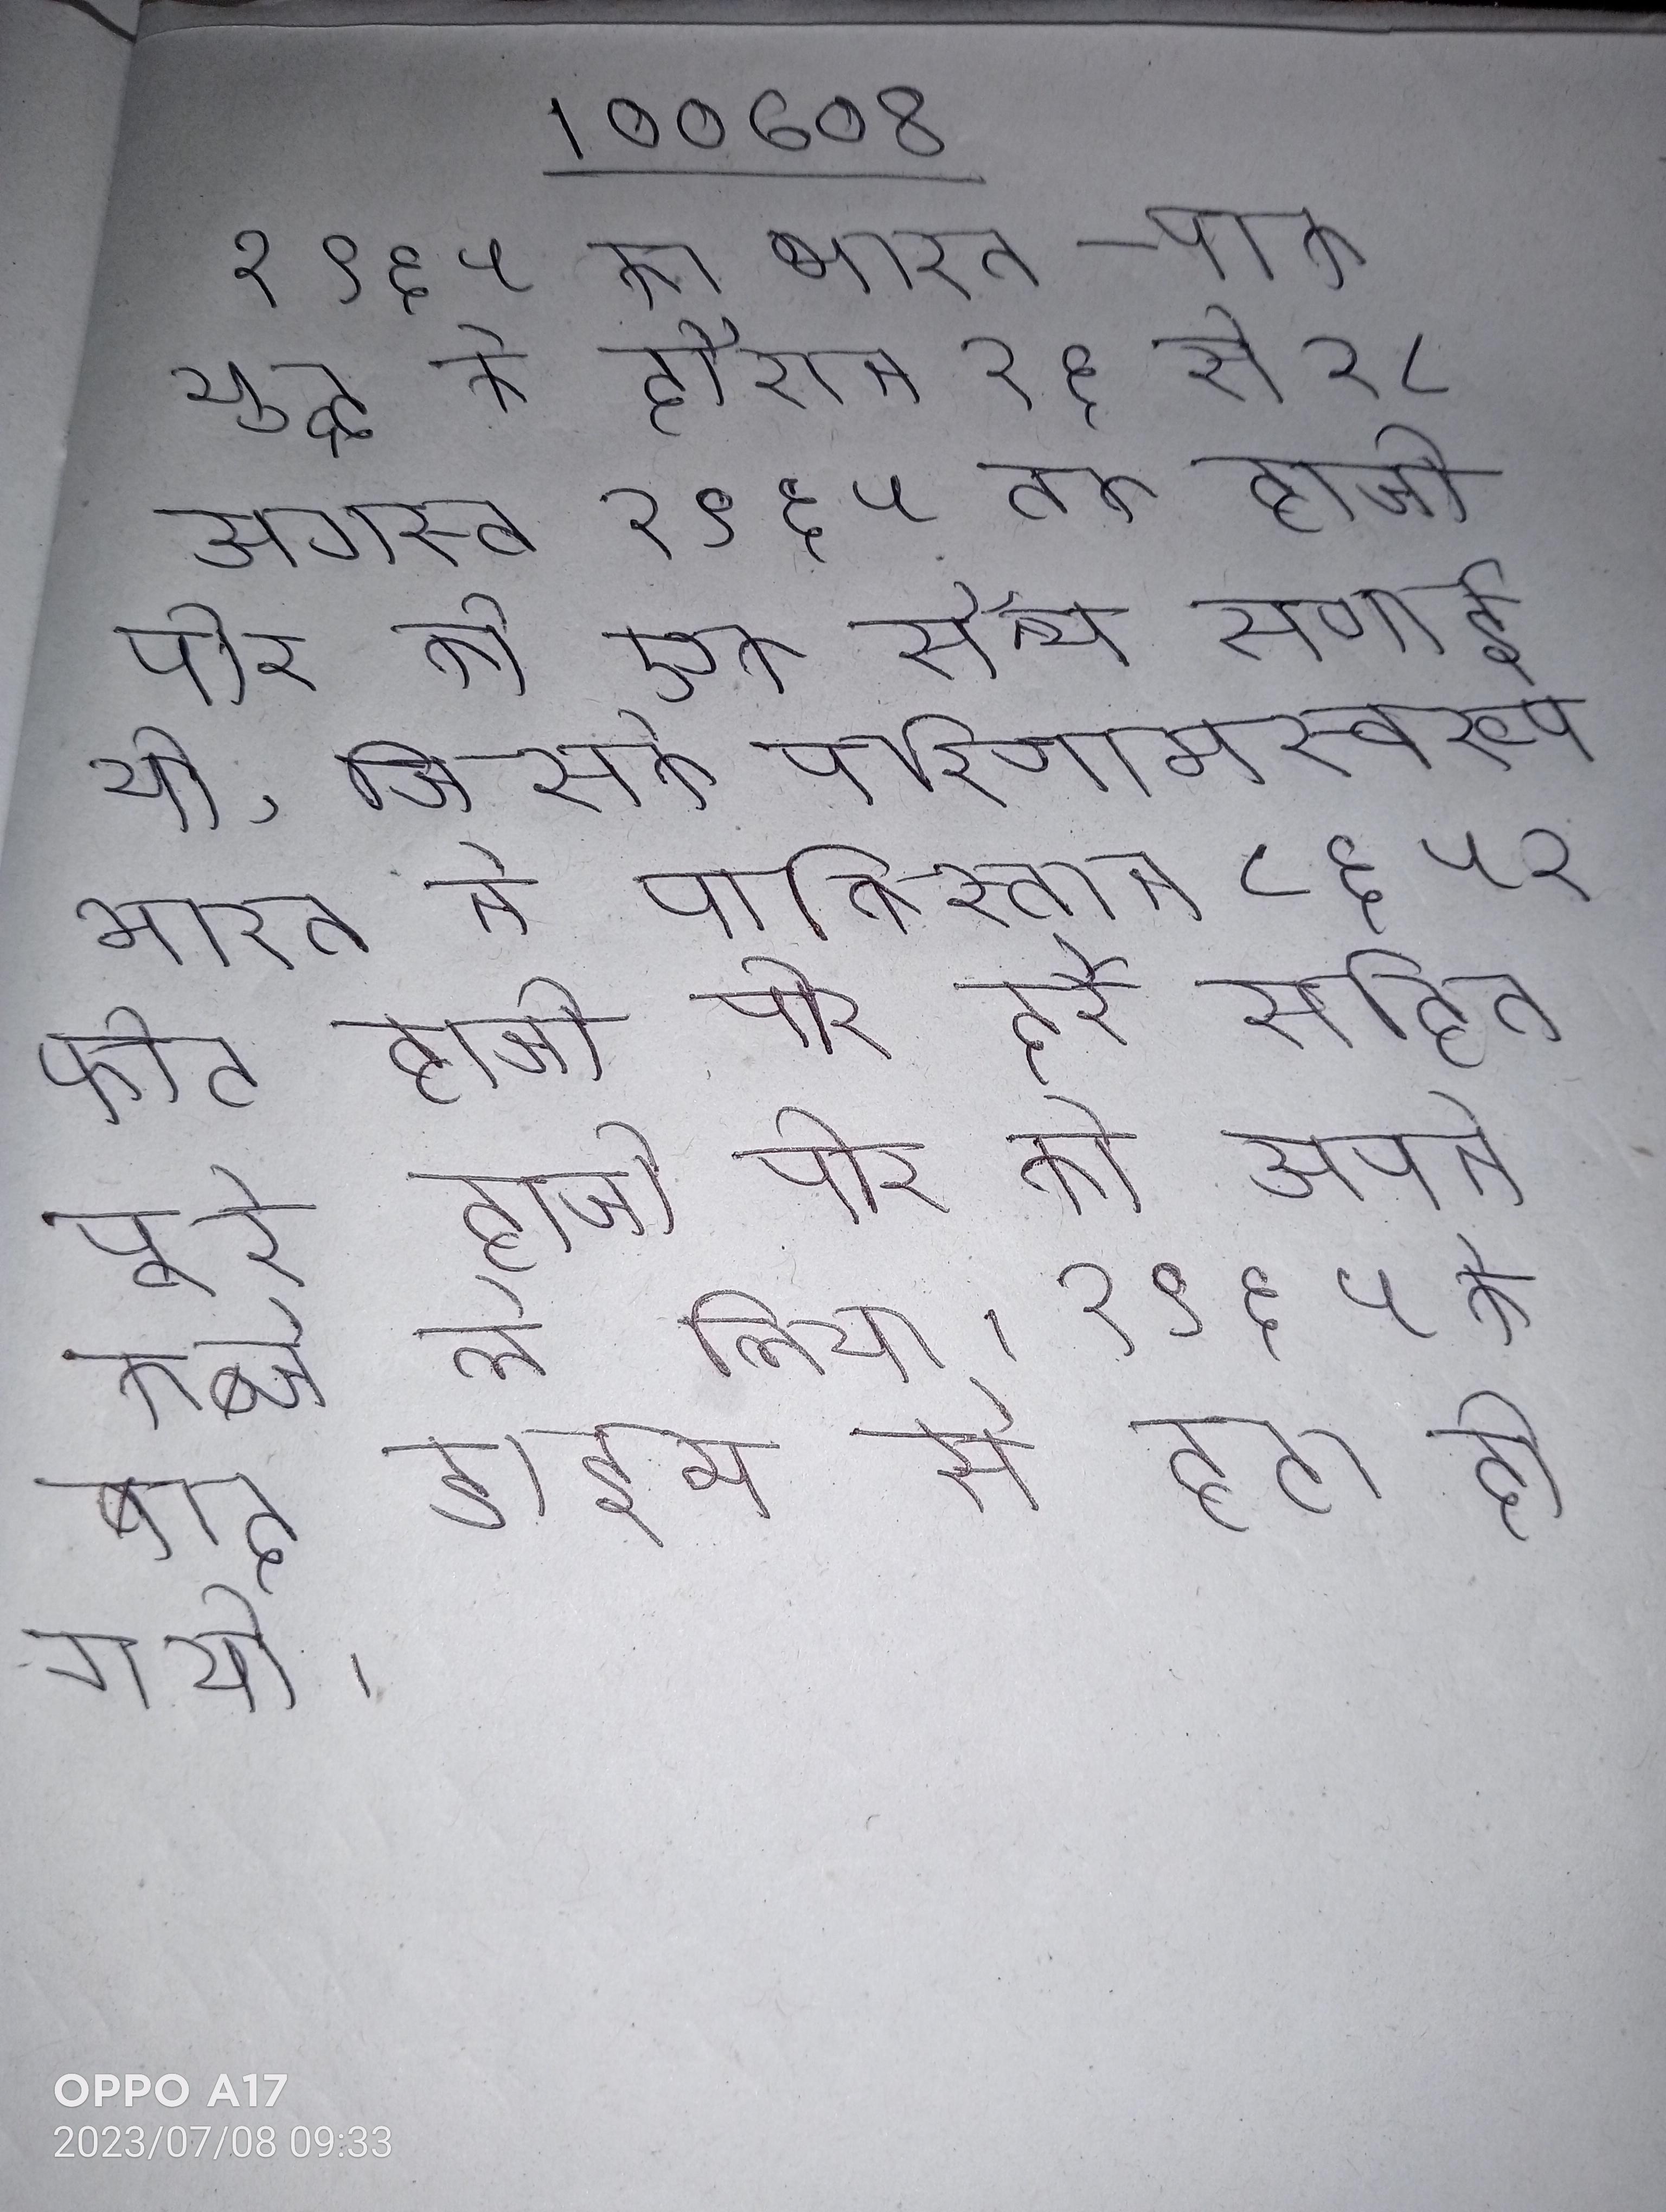
१९६५ का भारत-पाक युद्ध के दौरान २६ से २८ अगस्त १९६५ तक हाजी पीर की एक सैन्य सगाई थी, जिसके परिणामस्वरूप भारत ने पाकिस्तान ८६५२ फीट हाजी पीर दर्रे सहित पूरे हाजी पीर को अपने कब्जे ले लिया । १९६५ के बाद डाइम से हटा दी गयी ।